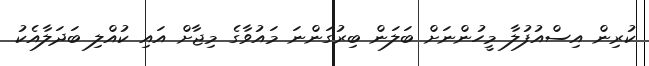
ކުރިން އިސްއުފުލާ މީހުންނަށް ބަލަން ބިރުގަންނަ މައުވާގެ މިޖާށް އައި ކުއްލި ބަދަލާއެކު